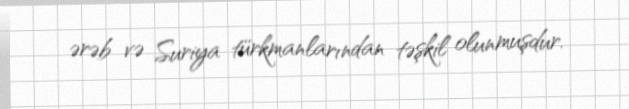
ərəb və Suriya türkmanlarından təşkil olunmuşdur.